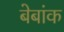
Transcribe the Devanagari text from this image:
बेबांक